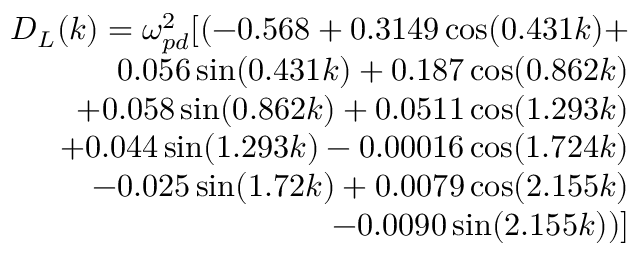
\begin{array} { r } { D _ { L } ( k ) = \omega _ { p d } ^ { 2 } [ ( - 0 . 5 6 8 + 0 . 3 1 4 9 \cos ( 0 . 4 3 1 k ) + } \\ { 0 . 0 5 6 \sin ( 0 . 4 3 1 k ) + 0 . 1 8 7 \cos ( 0 . 8 6 2 k ) } \\ { + 0 . 0 5 8 \sin ( 0 . 8 6 2 k ) + 0 . 0 5 1 1 \cos ( 1 . 2 9 3 k ) } \\ { + 0 . 0 4 4 \sin ( 1 . 2 9 3 k ) - 0 . 0 0 0 1 6 \cos ( 1 . 7 2 4 k ) } \\ { - 0 . 0 2 5 \sin ( 1 . 7 2 k ) + 0 . 0 0 7 9 \cos ( 2 . 1 5 5 k ) } \\ { - 0 . 0 0 9 0 \sin ( 2 . 1 5 5 k ) ) ] } \end{array}